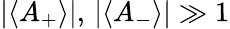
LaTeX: |\langle A_{+}\rangle|,\, |\langle A_{-}\rangle|\gg 1